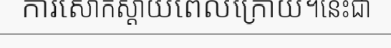
ការសោកស្តាយពេលក្រោយ។នេះជា